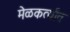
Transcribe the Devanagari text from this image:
मेळकर्त्यांत